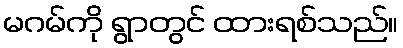
မဂမ်ကို ရွာတွင် ထားရစ်သည်။